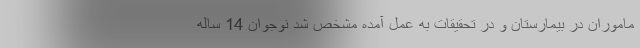
ماموران در بیمارستان و در تحقیقات به عمل آمده مشخص شد نوجوان 14 ساله